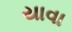
યાવા